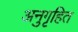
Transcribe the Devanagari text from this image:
अनुगृहित